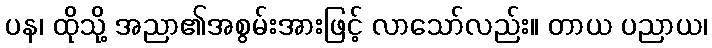
ပန၊ ထိုသို့ အညာ၏အစွမ်းအားဖြင့် လာသော်လည်း။ တာယ ပညာယ၊